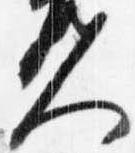
人